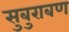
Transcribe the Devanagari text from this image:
सुबुराबण